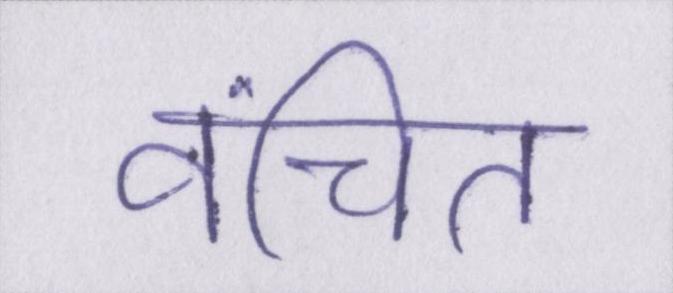
वंचित